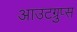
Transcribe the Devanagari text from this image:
आउटग्रुप्स